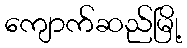
ကျောက်ဆည်မြို့